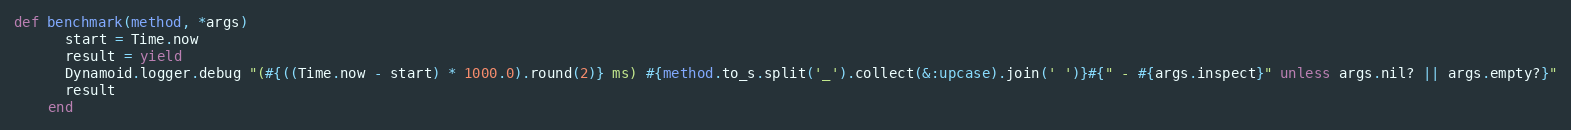
Language: Ruby
def benchmark(method, *args)
      start = Time.now
      result = yield
      Dynamoid.logger.debug "(#{((Time.now - start) * 1000.0).round(2)} ms) #{method.to_s.split('_').collect(&:upcase).join(' ')}#{" - #{args.inspect}" unless args.nil? || args.empty?}"
      result
    end